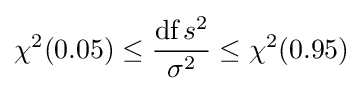
\chi ^{2}(0.05)\leq {\frac {{\text{df}}\,s^{2}}{\sigma ^{2}}}\leq \chi ^{2}(0.95)